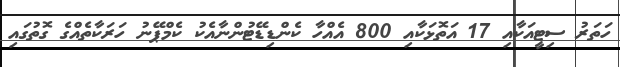
ހަތަރު ސިޓީއަކާއި 17 އަތޮޅަކާއި 800 އެއްހާ ކެންޑިޑޭޓުންނާއެކު ކެމްޕޭނު ހަރަކާތެއްގެ ގޮތުގައި